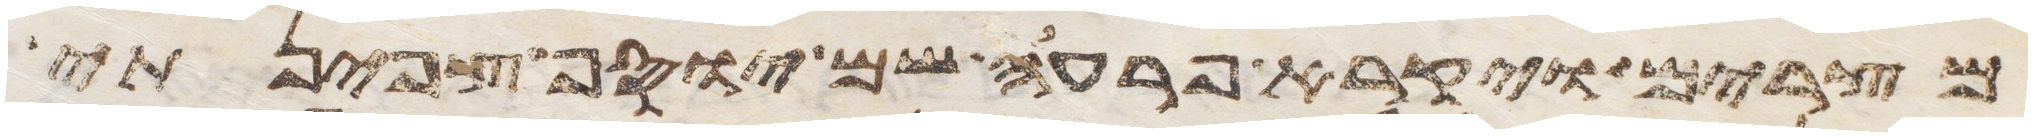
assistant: מצרים ויקרא פרעה שם יוסף צפינתי